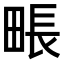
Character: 𤲘